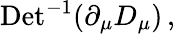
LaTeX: \mathrm{Det}^{-1}(\partial_{\mu}D_{\mu})\, ,